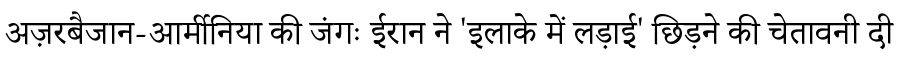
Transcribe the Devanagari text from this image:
अज़रबैजान-आर्मीनिया की जंगः ईरान ने 'इलाके में लड़ाई' छिड़ने की चेतावनी दी